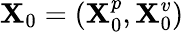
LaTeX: \mathbf{X}_{0}=(\mathbf{X}_{0}^{p},\mathbf{X}_{0}^{v})